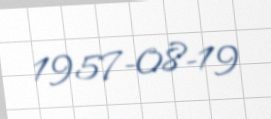
1957-08-19